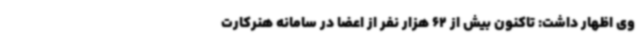
وی اظهار داشت: تاکنون بیش از 62 هزار نفر از اعضا در سامانه هنرکارت